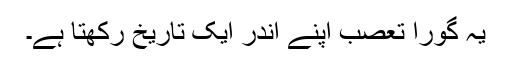
یہ گورا تعصب اپنے اندر ایک تاریخ رکھتا ہے۔